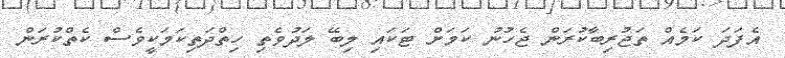
އެފަދަ ކަމެއް ތަޖުރިބާކުރަން ޖެހުނު ކަމަށް ޓަކައި ލިބޭ ލަދުވެތި ހިތްދަތިކަމަކީވެސް ކެތްކުރަން